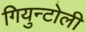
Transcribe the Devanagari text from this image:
गियुन्टोली